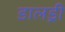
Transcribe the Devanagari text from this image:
डालड्री